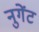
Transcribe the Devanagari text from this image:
नुगेंट